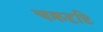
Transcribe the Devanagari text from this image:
चक्रदृष्टि